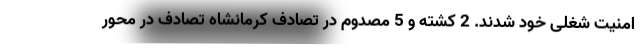
امنیت شغلی خود شدند. 2 کشته و 5 مصدوم در تصادف کرمانشاه تصادف در محور